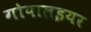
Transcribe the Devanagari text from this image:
गोपालइयर